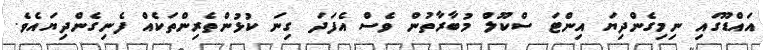
އައްޑޫގައި ނިމިގެންދިޔަ އިންޓަ ސްކޫލް މުބާރާތުން ވެސް އެފަދަ ގިނަ ކުޅުންތެރިންތަކެއް ފެނިގެންދިޔައެވެ.